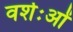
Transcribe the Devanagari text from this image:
वर्शःओं